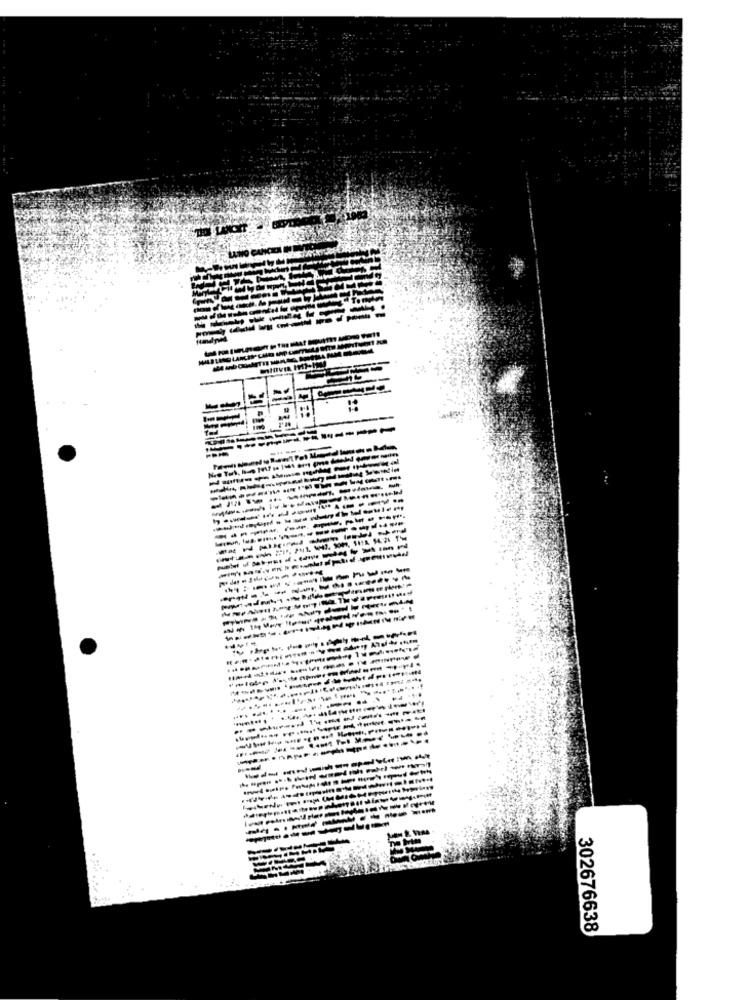
---------------
----------
---------
--------
....
----------
---
---
302676638